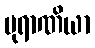
ပုရာဏိယာ